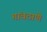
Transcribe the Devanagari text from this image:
गांवठाणे